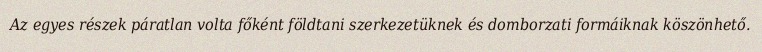
Az egyes részek páratlan volta főként földtani szerkezetüknek és domborzati formáiknak köszönhető.